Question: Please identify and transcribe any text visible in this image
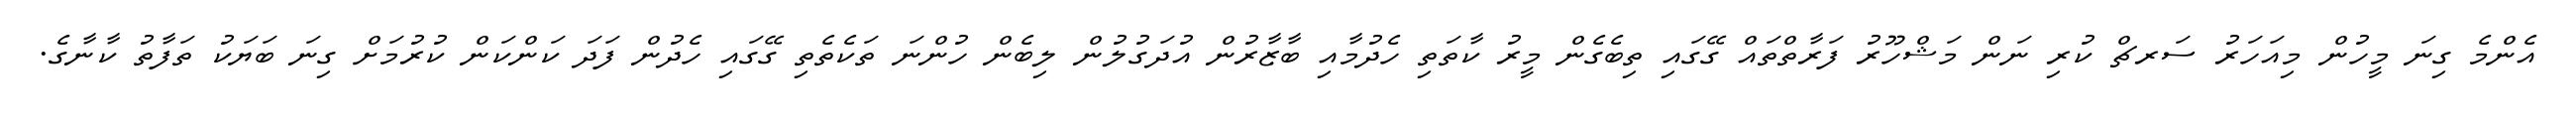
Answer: އެންމެ ގިނަ މީހުން މިއަހަރު ސަރޗް ކުރި ނަން މަޝްހޫރު ފަރާތްތައް ގޭގައި ތިބެގެން މީރު ކާތަތި ހެދުމާއި ބާޒާރުން އުދަގުލުން ލިބެން ހުންނަ ތަކެތެތި ގޭގައި ހެދުން ފަދަ ކަންކަން ކުރުމަށް ގިނަ ބަޔަކު ތަފާތު ކާނާގެ.